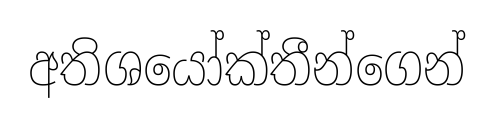
අතිශයෝක්තීන්ගෙන්